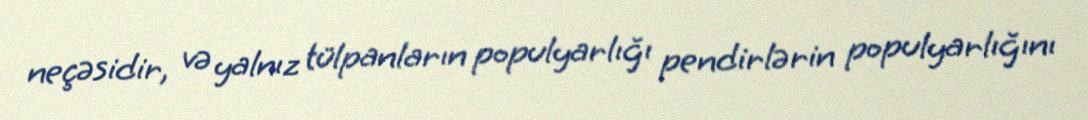
neçəsidir, və yalnız tülpanların populyarlığı pendirlərin populyarlığını